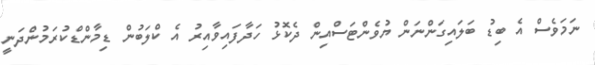
ނަމަވެސް އެ ބިޑު ބަލައިގަންނަން ޔުވެންޓަސްއިން ދެކޮޅު ހަދާފައިވާއިރު އެ ކްލަބުން ޑިމާންޑްކުރަމުންދަނީ